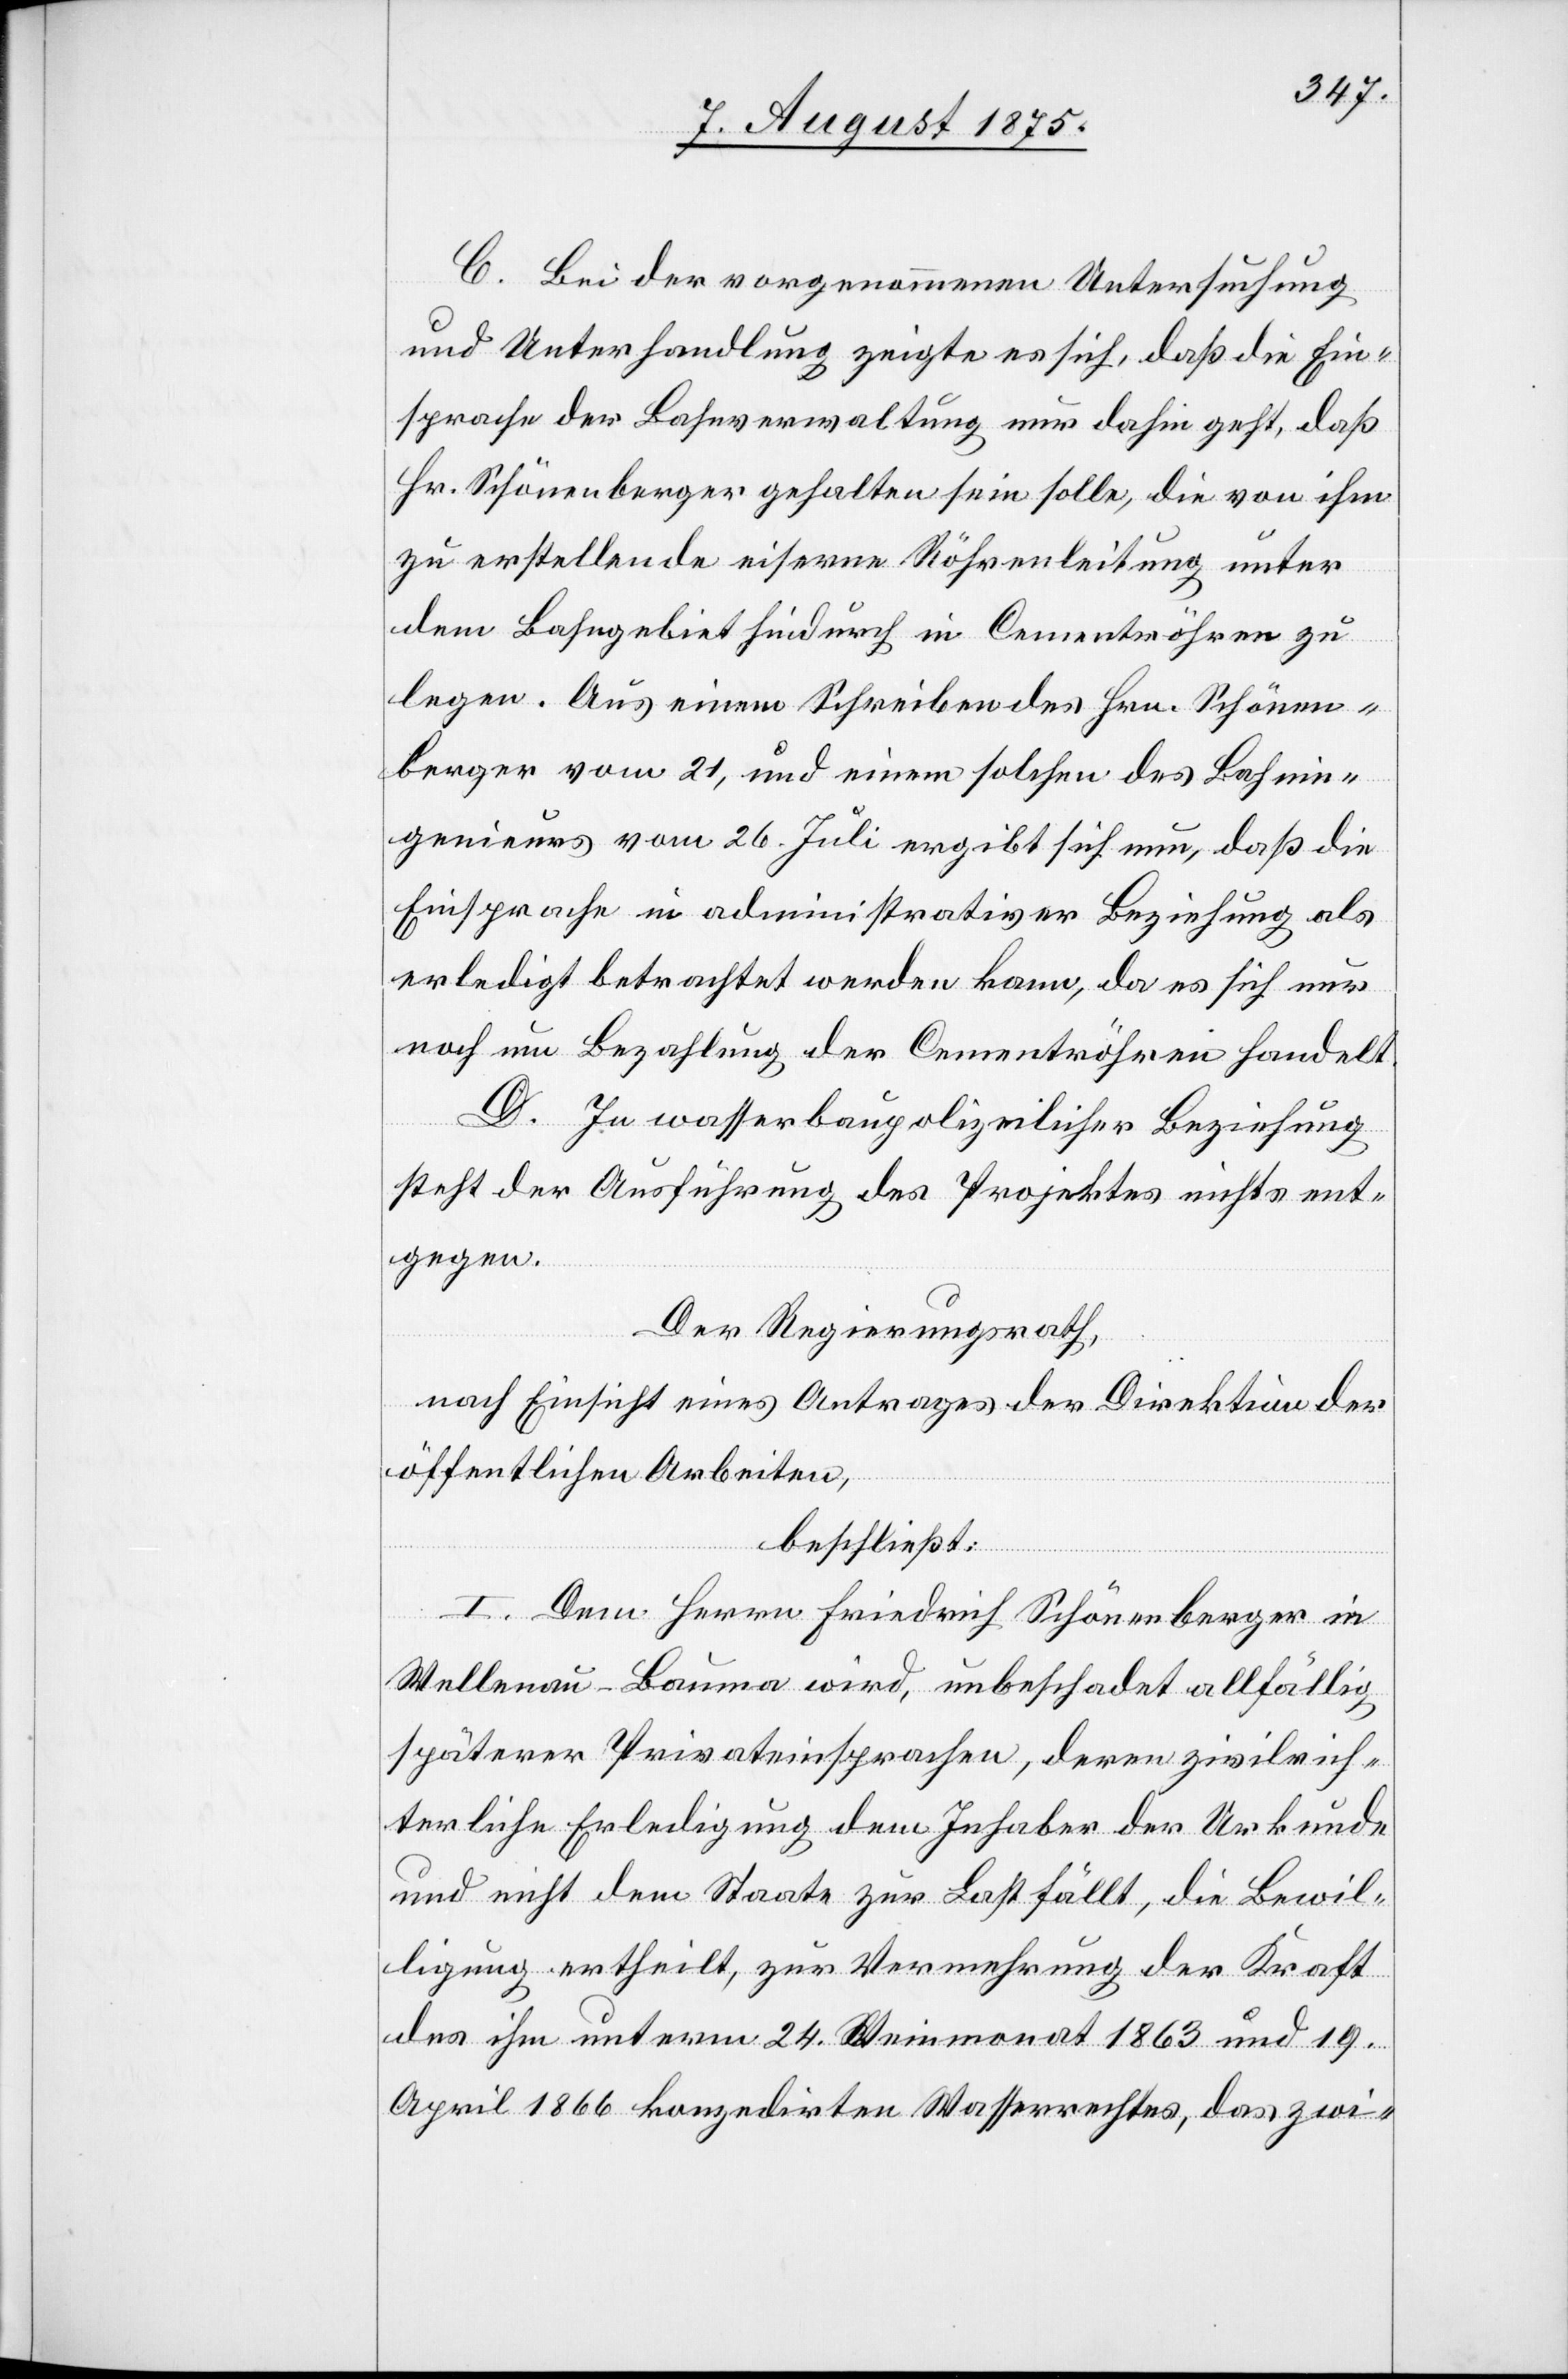
C. Bei der vorgenommenen Untersuchung
und Unterhandlung zeigte es sich, daß die Ein¬
sprache der Bahnverwaltung nur dahin geht, daß
Hr. Schönenberger gehalten sei solle, die von ihm
zu erstellende eiserne Röhrenleitung unter
dem Bahngebiet hindurch in Cementröhren zu
legen. Aus einem Schreiben des Hrn. Schönen¬
berger vom 21, und einem solchen des Bahnin¬
genieurs vom 26. Juli ergibt sich nun, daß die
Einsprache in administrativer Beziehung als
erledigt betrachtet werden kann, da es sich nur
noch um Bezahlung der Cementröhren handelt.
D. In wasserbaupolizeilicher Beziehung
steht der Ausführung des Projektes nichts ent¬
gegen.
Der Regierungsrath,
nach Einsicht eines Antrages der Direktion der
öffentlichen Arbeiten,
beschließt:
I. Dem Herrn Friedrich Schönenberger in
Wellenau - Bauma wird, unbeschadet allfällig
späterer Privateinsprachen, deren zivilrich¬
terliche Erledigung dem Inhaber der Urkunde
und nicht dem Staate zur Last fällt, die Bewil¬
ligung ertheilt, zur Vermehrung der Kraft
des ihm unterm 24. Weinmonat 1863 und 19.
April 1866 konzedirten Wasserrechtes, das zwi-